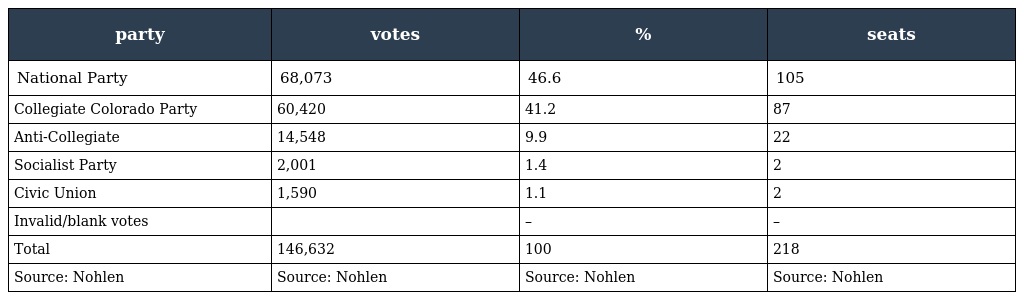
| party | votes | % | seats |
 | --- | --- | --- | --- |
 | National Party | 68,073 | 46.6 | 105 |
 | Collegiate Colorado Party | 60,420 | 41.2 | 87 |
 | Anti-Collegiate | 14,548 | 9.9 | 22 |
 | Socialist Party | 2,001 | 1.4 | 2 |
 | Civic Union | 1,590 | 1.1 | 2 |
 | Invalid/blank votes |  | – | – |
 | Total | 146,632 | 100 | 218 |
 | Source: Nohlen | Source: Nohlen | Source: Nohlen | Source: Nohlen |